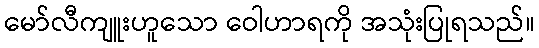
မော်လီကျူးဟူသော ဝေါဟာရကို အသုံးပြုရသည်။